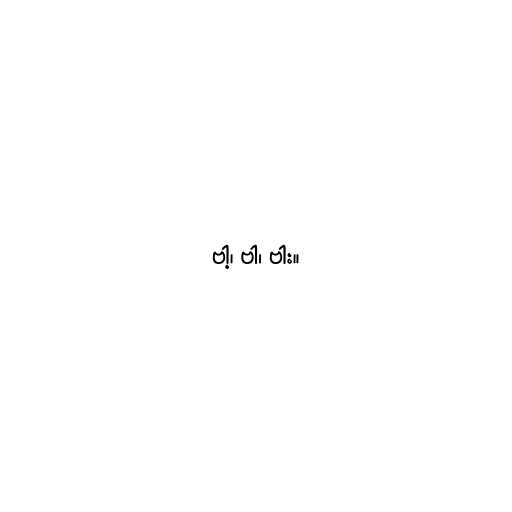
ဗါ့၊ ဗါ၊ ဗါး။